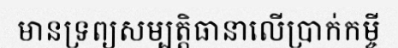
មានទ្រព្យសម្បត្តិធានាលើប្រាក់កម្ចី